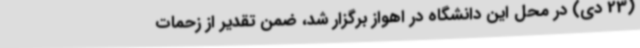
(23 دی) در محل این دانشگاه در اهواز برگزار شد، ضمن تقدیر از زحمات